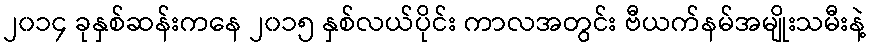
၂၀၁၄ ခုနှစ်ဆန်းကနေ ၂၀၁၅ နှစ်လယ်ပိုင်း ကာလအတွင်း ဗီယက်နမ်အမျိုးသမီးနဲ့